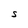
Character: S